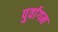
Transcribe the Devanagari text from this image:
पुर्वागम